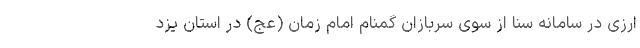
ارزی در سامانه سنا از سوی سربازان گمنام امام زمان (عج) در استان یزد